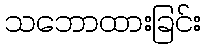
သဘောထားခြင်း